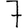
Digit: 7